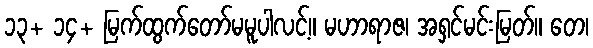
၁၃+ ၁၄+ မြက်ထွက်တော်မမူပါလင့်။ မဟာရာဇ၊ အရှင်မင်းမြတ်။ တေ၊